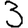
Digit: 3